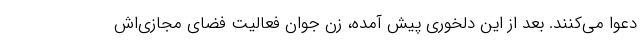
دعوا می‌کنند. بعد از این دلخوری پیش آمده، زن جوان فعالیت فضای مجازی‌اش